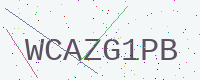
Text: WCAZG1PB